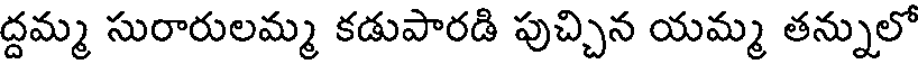
ద్దమ్మ సురారులమ్మ కడుపారడి పుచ్చిన యమ్మ తన్నులో